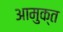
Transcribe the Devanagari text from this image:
आमुक्त